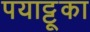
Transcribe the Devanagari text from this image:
पयाट्टूका